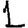
Digit: 1